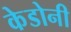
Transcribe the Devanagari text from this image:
केडोनी